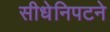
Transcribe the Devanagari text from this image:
सीधेनिपटने